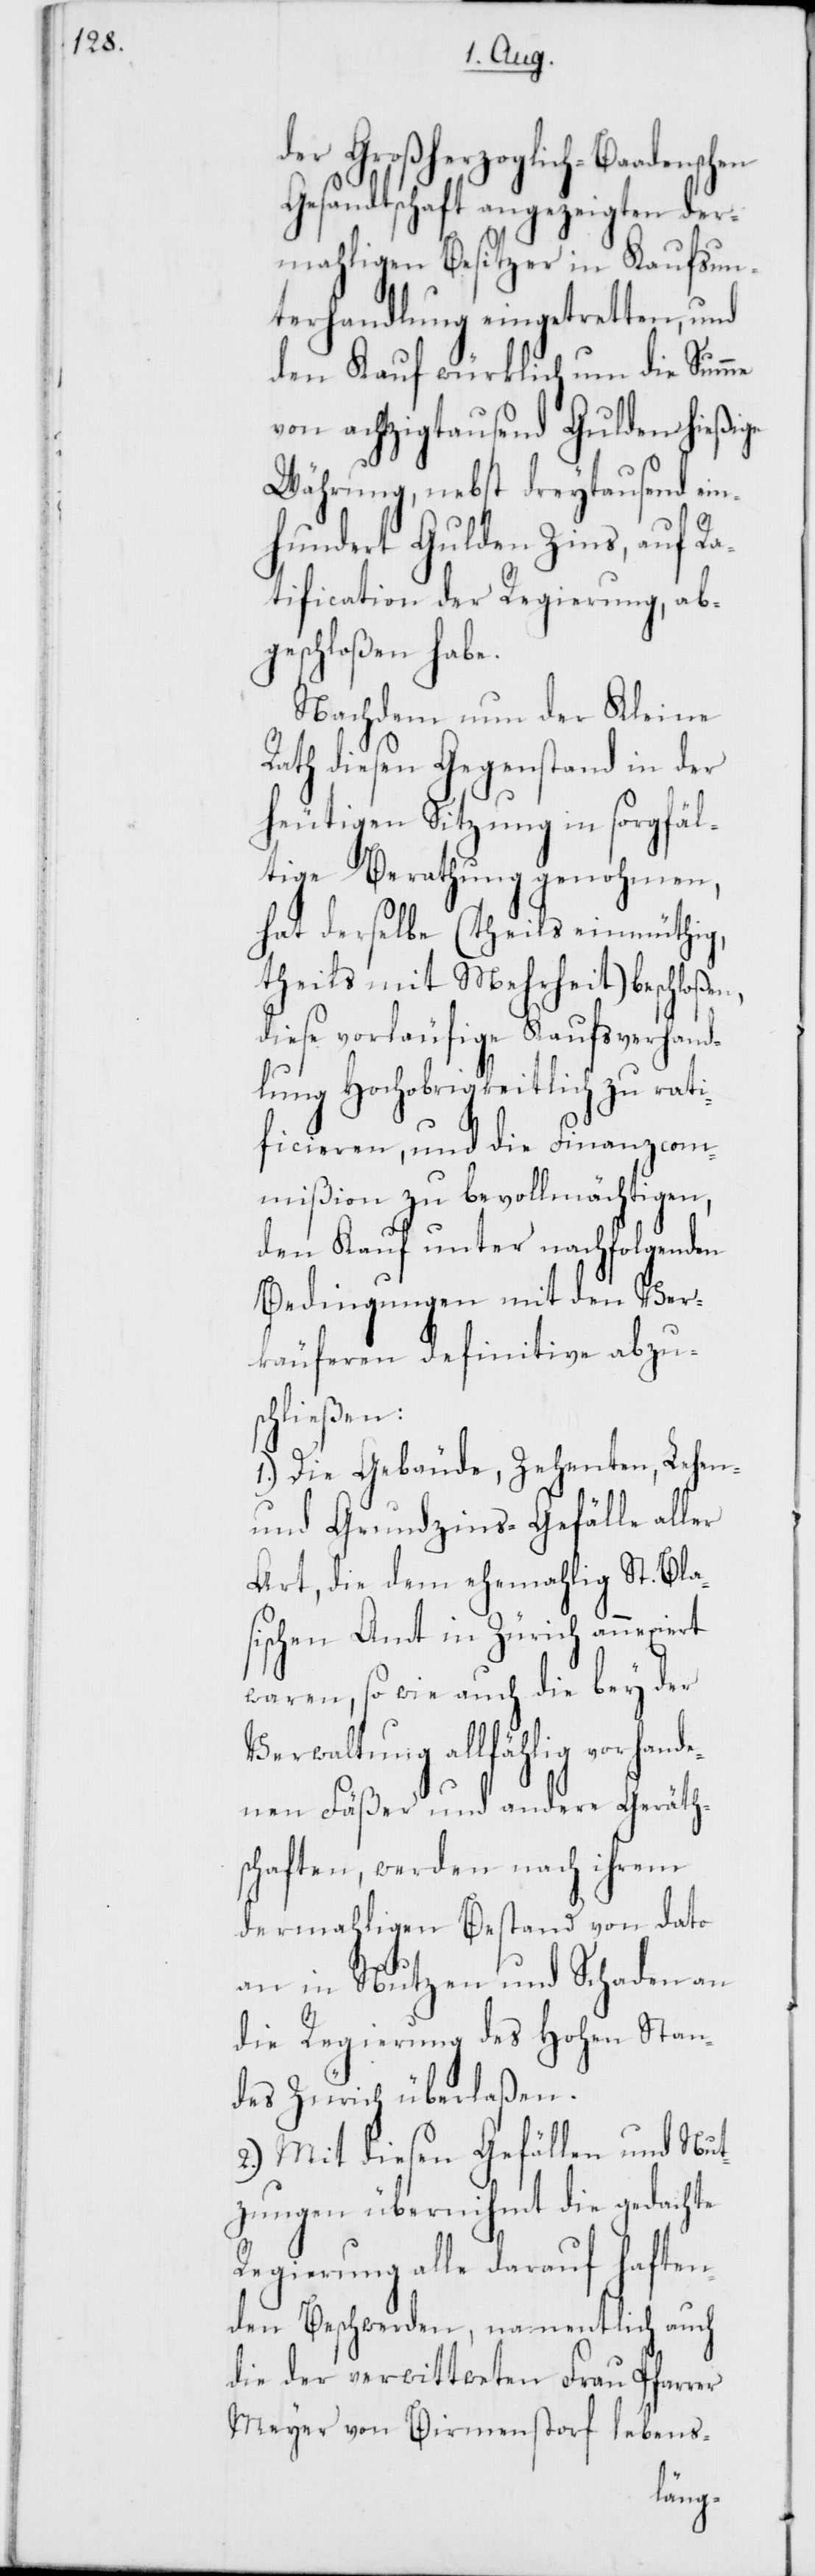
der Großherzoglich-Baadenschen
Gesandtschaft angezeigten der¬
mahligen Besitzer in Kaufsun¬
terhandlung eingetretten, und
den Kauf würklich um die Summe
von achtzigtausend Gulden hießige
Währung, nebst dreytausend ei¬
nhundert Gulden Zins, auf Ra¬
tification der Regierung, ab¬
geschloßen habe.
Nachdem nun der Kleine
Rath diesen Gegenstand in der
heutigen Sitzung in sorgfäl¬
tige Berathung genohmen,
hat derselbe (theils einmüthig,
theils mit Mehrheit) beschloßen,
diese vorläufige Kaufsverhand¬
lung Hochobrigkeitlich zu rati¬
ficieren, und die Finanzcom¬
mißion zu bevollmächtigen,
den Kauf unter nachfolgenden
Bedingungen mit den Ver¬
käuferen definitive abzus¬
chließen:
1.) Die Gebäude, Zehenten, Lehen-
und Grundzins-Gefälle aller
Art, die dem ehemahlig St. Blas¬
ischen Amt in Zürich annexiert
waren, so wie auch die bey der
Verwaltung allfählig vorhande¬
nen Fäßer und andere Geräth¬
schaften, werden nach ihrem
dermahligen Bestand von dato
an in Nutzen und Schaden an
die Regierung des Hohen Stan¬
des Zürich überlaßen.
2.) Mit diesen Gefällen und Nut¬
zungen übernimmt die gedachte
Regierung alle darauf haften¬
den Beschwerden, namentlich auch
die der verwittweten Frau Pfarrer
Meyer von Birmensdorf lebens-